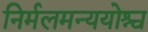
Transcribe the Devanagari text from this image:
निर्मलमन्ययोश्च